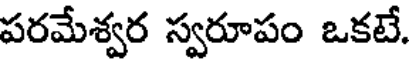
పరమేశ్వర స్వరూపం ఒకటే.